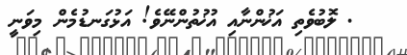
. ލޮބުވެތި އަޚުންނާއި އުޚުތުންނޭވެ! އަޅުގަނޑުމެން މިވަނީ